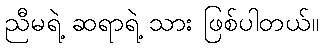
ညီမရဲ့ ဆရာရဲ့ သား ဖြစ်ပါတယ်။